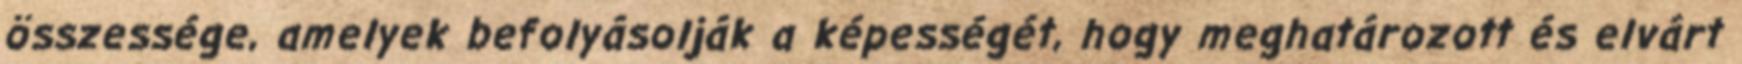
összessége, amelyek befolyásolják a képességét, hogy meghatározott és elvárt